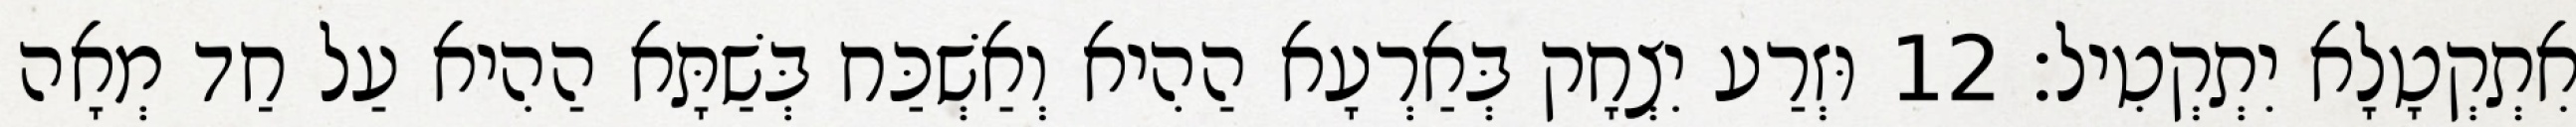
אִתְקְטָלָא יִתְקְטִיל׃ 12 וּזְרַע יִצְחָק בְּאַרְעָא הַהִיא וְאַשְׁכַּח בְּשַׁתָּא הַהִיא עַל חַד מְאָה